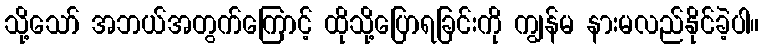
သို့သော် အဘယ်အတွက်ကြောင့် ထိုသို့ပြောရခြင်းကို ကျွန်မ နားမလည်နိုင်ခဲ့ပါ။